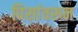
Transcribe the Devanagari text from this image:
पिसांवरून